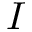
I